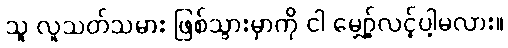
သူ လူသတ်သမား ဖြစ်သွားမှာကို ငါ မျှော့်လင့်ပါ့မလား။